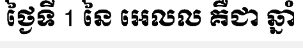
ថ្ងៃទី 1 នៃ អេលល គឺជា ឆ្នាំ